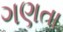
ગણતા